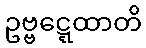
ဥဗ္ဗဋ္ဋေထာတိ